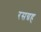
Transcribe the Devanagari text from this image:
रसग्रह